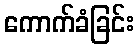
ကောက်ခံခြင်း